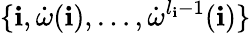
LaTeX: \{ \mathbf{i},\dot{{\omega}}(\mathbf{i}),\ldots,\dot{{\omega}}^{l_{\mathbf{i}}-1}(\mathbf{i})\}